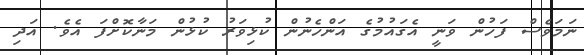
ނަމަވެސް ފަހުން ވަނީ އެގައުމުގެ އަންހެނުން ކުޅިވަރު ކުޅުން މަނާކޮށްފަ އެވެ. އަދި